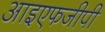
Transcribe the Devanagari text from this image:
आइएफजीपी